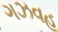
ગઝવહ